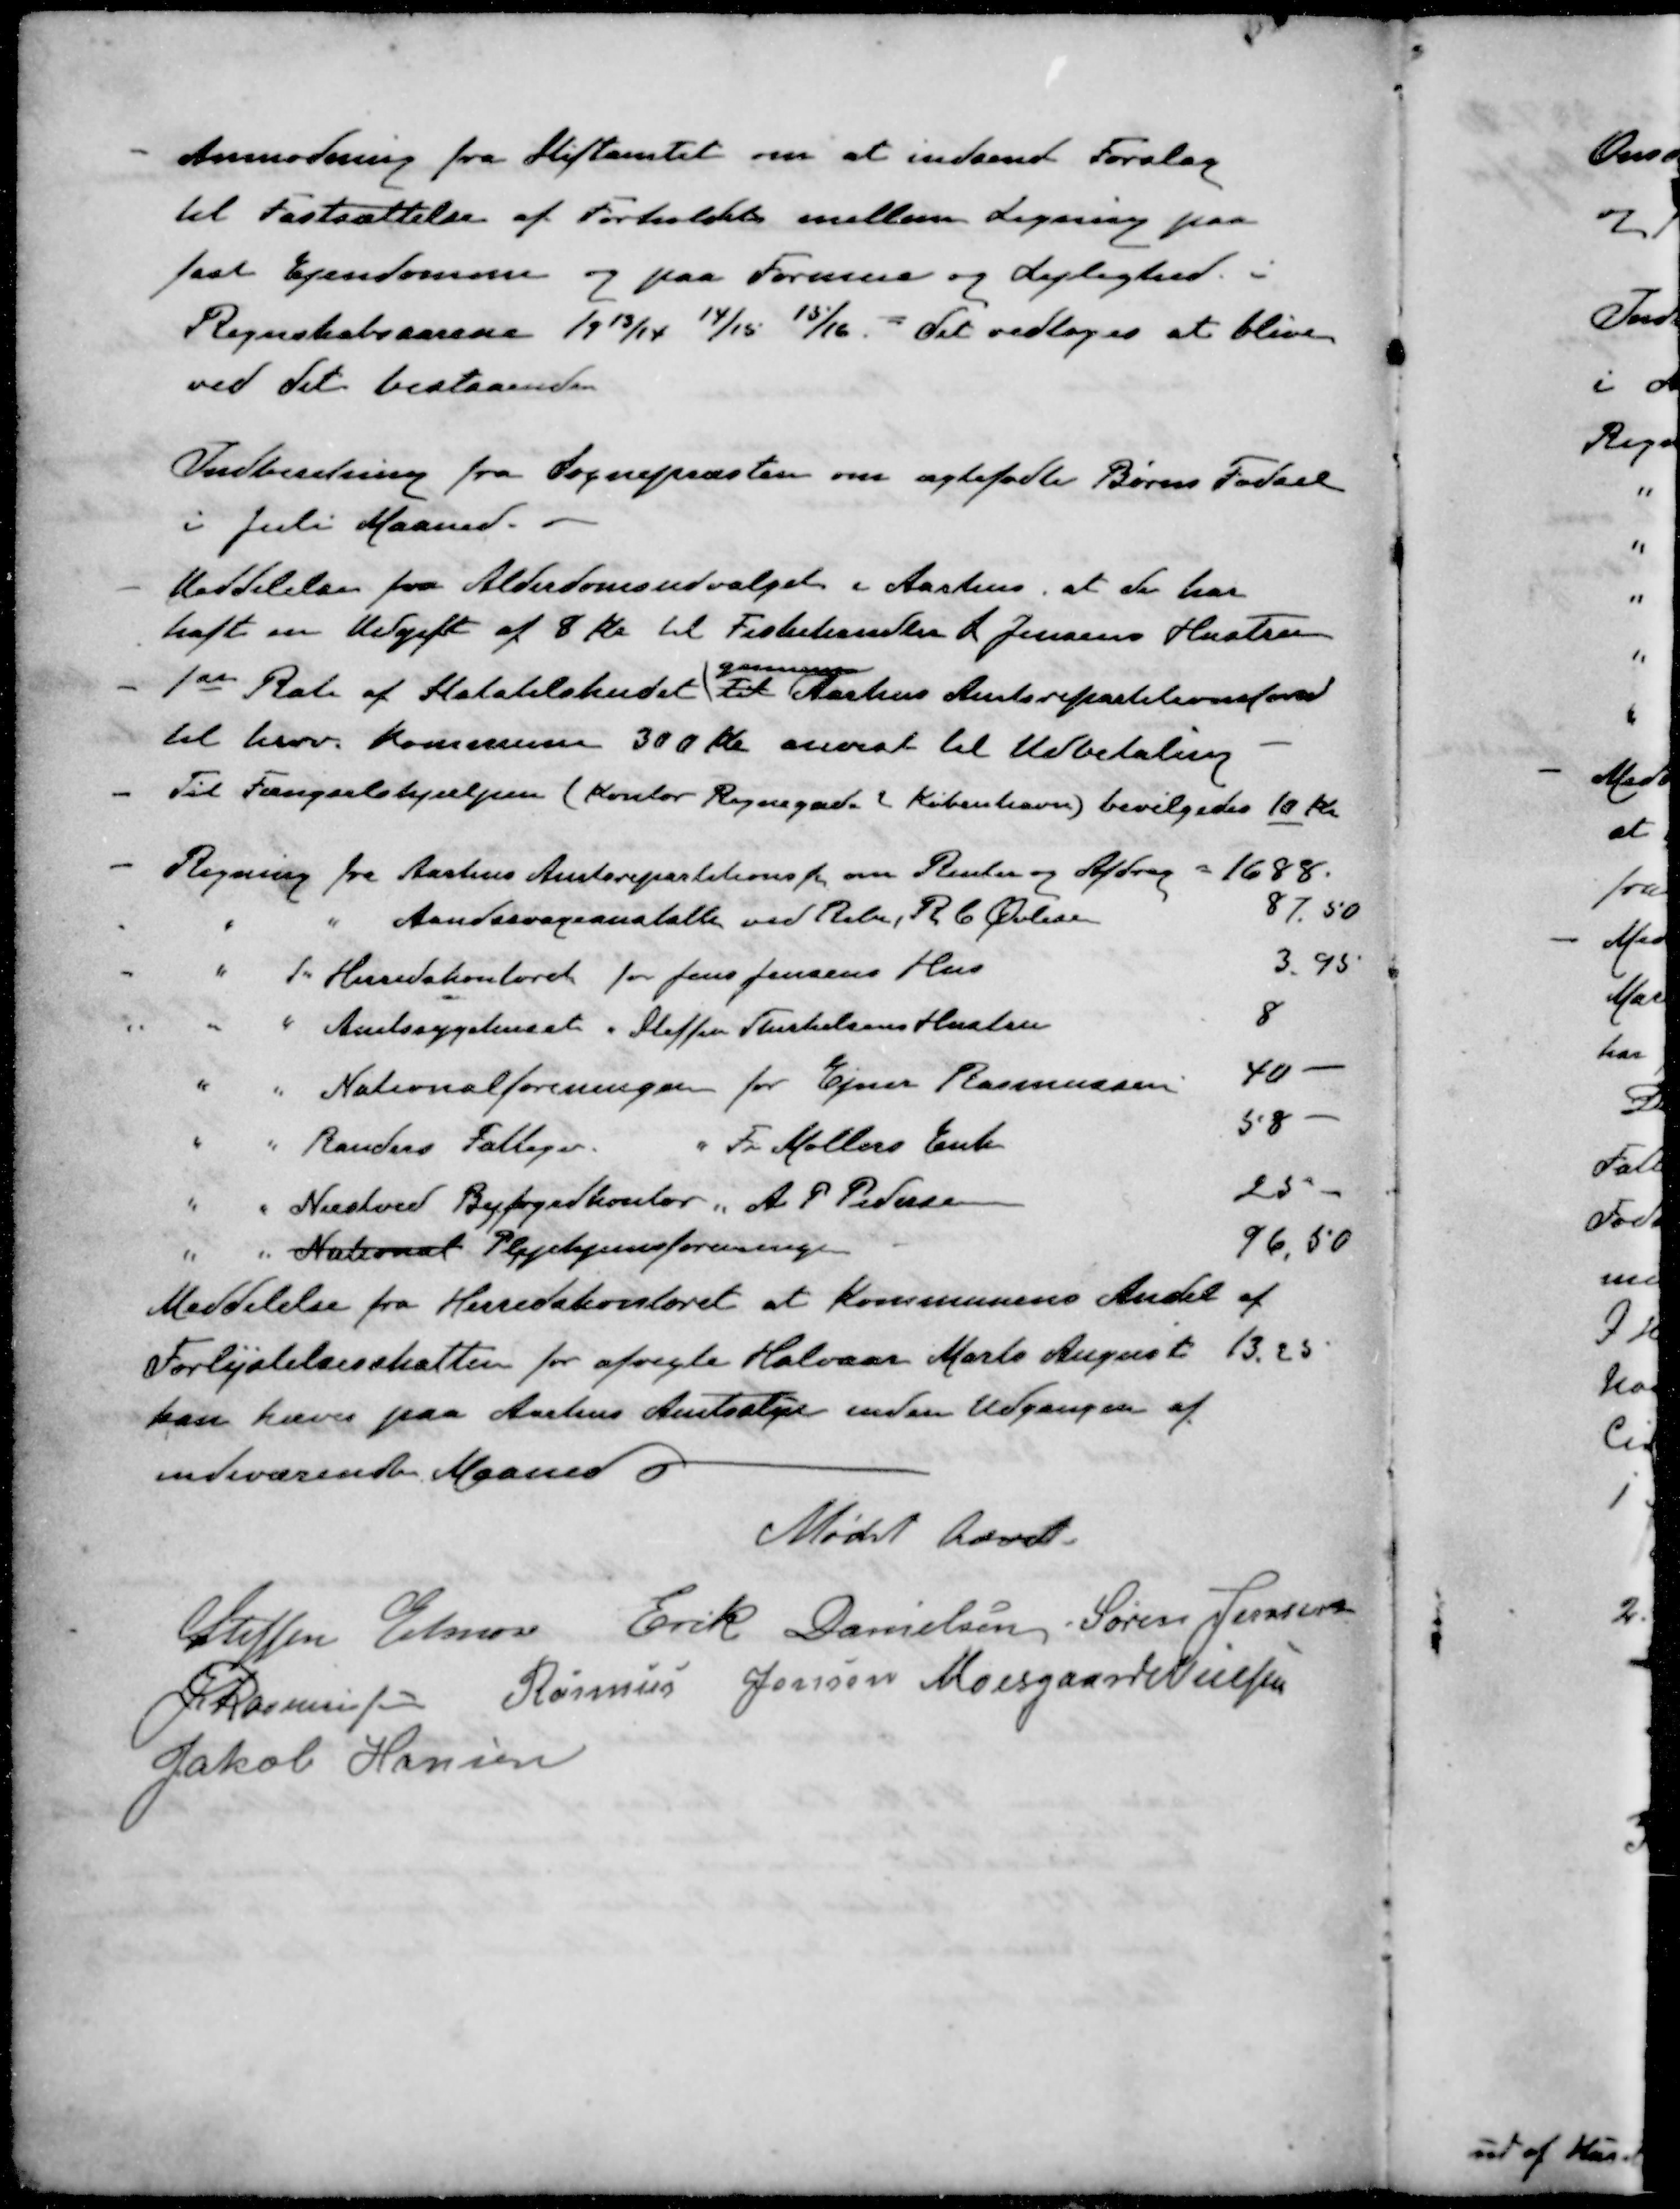
Transskription:
Anmodning fra Stiftamtet om at indsende Forslag
til Fastsættelse af Forholdet mellem Ligning paa
fast Ejendomme og paa Formue og Lejlighed i
Regnskabsaarene 1913/14 14/15 15/16. - det vedtoges at blive
ved det bestaaende
Indberetning fra Sognepræsten om ægtefødte Børns Fødsel
i Juli Maaned.
- Meddelelse fra Alderdomsudvalget i Aarhus, at de har
haft en Udgift af 8 Kr til Fiskehandler L. Jensens Hustru
gennem
- 1ste Rate af Statstilskudet til Aarhus Amtsrepartitionsfond
til herv. Kommunen 300 Kr anvist til Udbetaling
- Til Fængselshjælpen (Kontor Regnegade 2 København) bevilgedes 10 Kr
- Regning fra Aarhus Amtsrepartitionsf om Renter og Afdrag = 1688.
" " Aandssvageanstalte ved Ribe, R. C Øvlisen 87.50
" " Herredskontoret for Jens Jensens Hus 3.95
" " Amtssygehuset " Steffen Thrkelsens Hustru 8
" " Nationalforeningen for Ejner Rasmussen 40 -
" " Randers Fattigev " Fr Møllers Enke 58 -
" " Næstved Byfogedkontor " A. P. Pedersen 25 -
" " National Plejehjemsforeningen 96,50
Meddelelse fra Herredskontoret at Kommunens Andel af
Forlystelsesskatten for afvigte Halvaar Marts August 13.25
kan hæves paa Aarhus Amtsstue inden Udgangen af
indeværende Maaned
Mødet hævet
Steffen Elmose
Erik Danielsen
Søren Jensen
J Rasmussen
Rasmus Jensen
Moesgaard Nielsen
Jakob Hansen